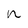
Character: n